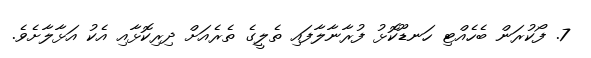
7. ފޯކުރަން ބެހެއްޓި ހަނޑޫކޮޅު ފުރާނާލާފައި ތެލީގެ ތެރެއަށް ދިރިކޮޅާއި އެކު އަޅާލާށެވެ.